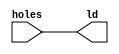
// LED and digital tube display
//
// by nyLiao, April, 2019

module wam_led (            // LED output
    input  wire [7:0] holes,
    output wire [7:0] ld
    );

    assign ld = holes;
endmodule // wam_led

module wam_obd(             // 1-bit digital tube output
    input wire [3:0] num,
    output reg [6:0] a2g
    );

    always @(*) begin
        case(num)
            'h0: a2g=7'b0000001;
            'h1: a2g=7'b1001111;
            'h2: a2g=7'b0010010;
            'h3: a2g=7'b0000110;
            'h4: a2g=7'b1001100;
            'h5: a2g=7'b0100100;
            'h6: a2g=7'b0100000;
            'h7: a2g=7'b0001111;
            'h8: a2g=7'b0000000;
            'h9: a2g=7'b0000100;
            'hA: a2g=7'b0001000;       
            'hB: a2g=7'b1100000;       
            'hC: a2g=7'b0110001;
            'hD: a2g=7'b1000010;
            'hE: a2g=7'b0110000;
            'hF: a2g=7'b0111000;      
            default: a2g=7'b1111111;    // default is blank
        endcase
    end
endmodule // wam_obd

module wam_dis(             // handle digital tube output
    input clk_16,
    input wire [4:0] time_display,
    input wire  [3:0]  hrdn,
    input wire  [11:0] score,
    output reg  [7:0]  an,
    output [6:0]  a2g
    );

    reg [2:0] clk_16_cnt;   // counter
    reg [3:0] dnum;         // displaying number

    always @ (posedge clk_16) begin
        clk_16_cnt <= clk_16_cnt + 1;
    end

    always @(*) begin
        case(clk_16_cnt)    // choose which tube to display
            3'b000: begin
                dnum = score[3:0];
                an = 8'b11111110;
            end
            3'b001: begin
                dnum = score[7:4];
                an = 8'b11111101;
            end
            3'b010: begin
                dnum = score[11:8];
                an = 8'b11111011;
            end
            3'b011: begin
                dnum = hrdn;
                an = 8'b11110111;
            end
            3'b100: begin
                dnum = time_display%10;
                an = 8'b11101111;
            end
            3'b101: begin
                dnum = (time_display-time_display%10)/10;
                an = 8'b11011111;
            end
            3'b110: begin
                dnum = 0;
                an = 8'b10111111;
            end
            3'b111: begin
                dnum = 0;
                an = 8'b01111111;
            end
        endcase
    end
    wam_obd obd( .num(dnum), .a2g(a2g) );
endmodule // wam_dis